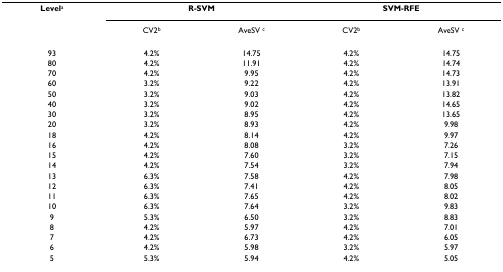
| Levela | <COLSPAN=2> R-SVM | <COLSPAN=2> SVM-RFE |
 |  | CV2b | AveSV c | CV2b | AveSV c |
 | --- | --- | --- | --- | --- |
 | 93 | 4.2% | 14.75 | 4.2% | 14.75 |
 | 80 | 4.2% | 11.91 | 4.2% | 14.74 |
 | 70 | 4.2% | 9.95 | 4.2% | 14.73 |
 | 60 | 3.2% | 9.22 | 4.2% | 13.91 |
 | 50 | 3.2% | 9.03 | 4.2% | 13.82 |
 | 40 | 3.2% | 9.02 | 4.2% | 14.65 |
 | 30 | 3.2% | 8.95 | 4.2% | 13.65 |
 | 20 | 3.2% | 8.93 | 4.2% | 9.98 |
 | 18 | 4.2% | 8.14 | 4.2% | 9.97 |
 | 16 | 4.2% | 8.08 | 3.2% | 7.26 |
 | 15 | 4.2% | 7.60 | 3.2% | 7.15 |
 | 14 | 4.2% | 7.54 | 3.2% | 7.94 |
 | 13 | 6.3% | 7.58 | 4.2% | 7.98 |
 | 12 | 6.3% | 7.41 | 4.2% | 8.05 |
 | 11 | 6.3% | 7.65 | 4.2% | 8.02 |
 | 10 | 6.3% | 7.64 | 3.2% | 9.83 |
 | 9 | 5.3% | 6.50 | 3.2% | 8.83 |
 | 8 | 4.2% | 5.97 | 4.2% | 7.01 |
 | 7 | 4.2% | 6.73 | 4.2% | 6.05 |
 | 6 | 4.2% | 5.98 | 3.2% | 5.97 |
 | 5 | 5.3% | 5.94 | 4.2% | 5.05 |